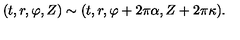
( t , r , \varphi , Z ) \sim ( t , r , \varphi + 2 \pi \alpha , Z + 2 \pi \kappa ) .